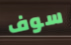
سوف